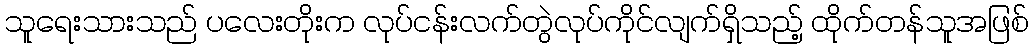
သူရေးသားသည် ပလေးတိုးက လုပ်ငန်းလက်တွဲလုပ်ကိုင်လျက်ရှိသည့် ထိုက်တန်သူအဖြစ်